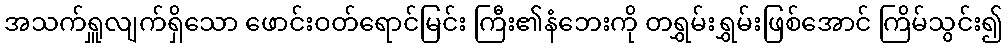
အသက်ရှူလျက်ရှိသော ဖောင်းဝတ်ရောင်မြင်း ကြီး၏နံဘေးကို တရွှမ်းရွှမ်းဖြစ်အောင် ကြိမ်သွင်း၍